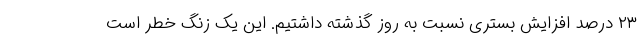
۲۳ درصد افزایش بستری نسبت به روز گذشته داشتیم. این یک زنگ خطر است